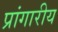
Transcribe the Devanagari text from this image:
प्रांगारीय